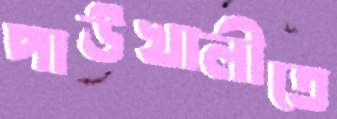
পাউখালীতে